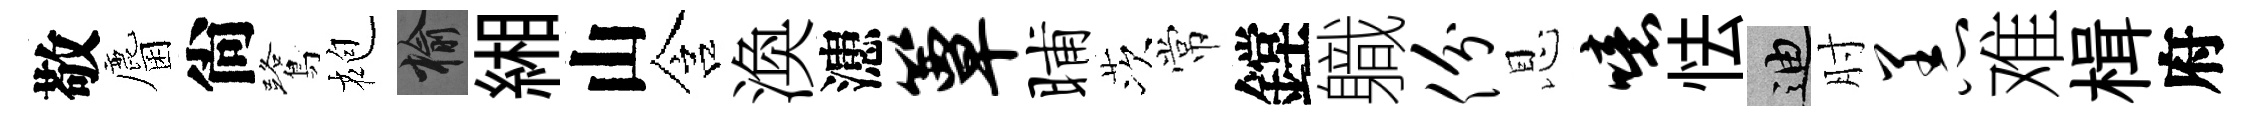
敬麕尙鷺袍榆緗山含渙漶簟晡茨常鏜軄份恩噫怯迪肘恙难楫府